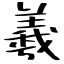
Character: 羲